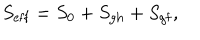
LaTeX: S _ { \mathrm { e f f } } = S _ { 0 } + S _ { \mathrm { g h } } + S _ { \mathrm { g f } } ,